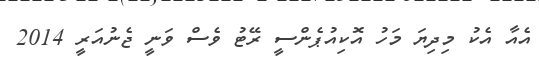
އެއާ އެކު މިދިޔަ މަހު އޮކިއުޕެންސީ ރޭޓު ވެސް ވަނީ ޖެނުއަރީ 2014